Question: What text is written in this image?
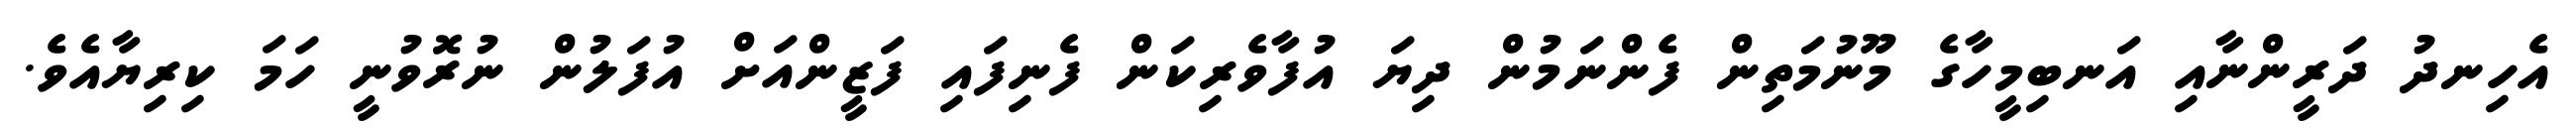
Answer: އެހިނދު ދަރީންނާއި އަނބިމީހާގެ މޫނުމަތިން ފެންނަމުން ދިޔަ އުފާވެރިކަން ފެނިފައި ފަޒީންއަށް އުފަލުން ނުރޮވުނީ ހަމަ ކިރިޔާއެވެ.